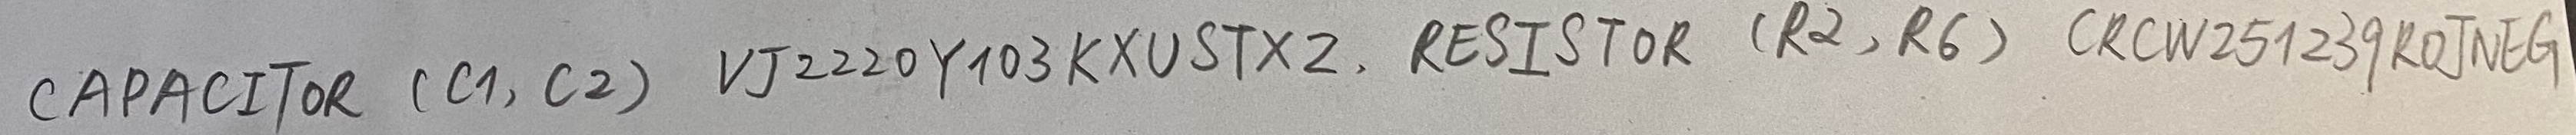
Text: CAPACITOR (C1, C2)  VJ2220Y103KXUSTX2 RESISTOR (R2, R6) CRCW251239ROJNEG